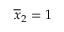
\overline { { x } } _ { 2 } = 1